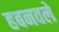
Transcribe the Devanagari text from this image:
हबनवले